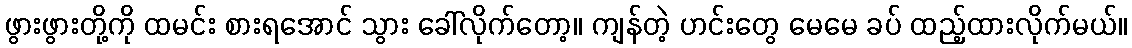
ဖွားဖွားတို့ကို ထမင်း စားရအောင် သွား ခေါ်လိုက်တော့။ ကျန်တဲ့ ဟင်းတွေ မေမေ ခပ် ထည့်ထားလိုက်မယ်။